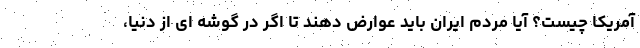
آمریکا چیست؟ آیا مردم ایران باید عوارض دهند تا اگر در گوشه ای از دنیا،